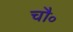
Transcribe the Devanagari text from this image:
चौ॰